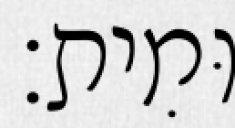
וּמִית׃